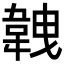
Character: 𩎥